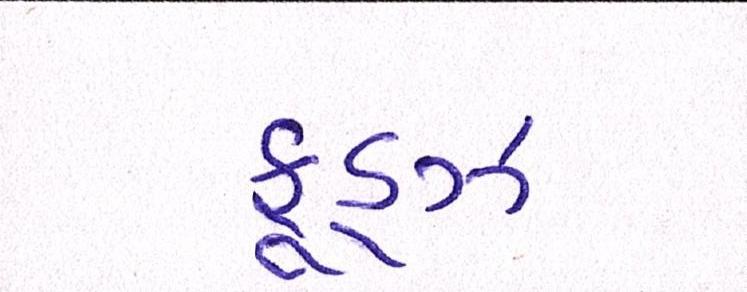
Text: ફૂડ્ઝ